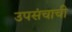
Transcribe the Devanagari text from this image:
उपसंचाची